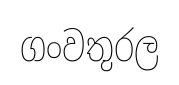
ගංවතුරල